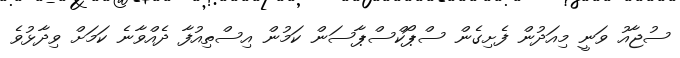
ސުޖާއު ވަނީ މިއަދުން ފެށިގެން ސްޕޯކްސްޕާސަން ކަމުން އިސްތިއުފާ ދެއްވާނެ ކަމަށް ވިދާޅުވެ